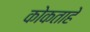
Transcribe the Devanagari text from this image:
कोकताहे